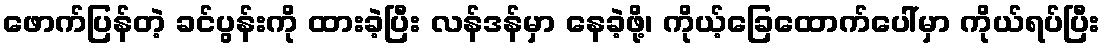
ဖောက်ပြန်တဲ့ ခင်ပွန်းကို ထားခဲ့ပြီး လန်ဒန်မှာ နေခဲ့ဖို့၊ ကိုယ့်ခြေထောက်ပေါ်မှာ ကိုယ်ရပ်ပြီး